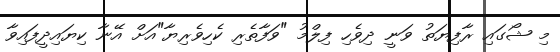
މި ޝޯގައި ރާފިޔަތު ވަނީ ދިވެހި ފިލްމު "ވަފާތެރި ކެހިވެރިޔާ"އަށް އޭނާ ކިޔައިދީފައިވާ